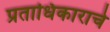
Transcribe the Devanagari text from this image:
प्रताधिकाराचे